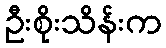
ဦးစိုးသိန်းက